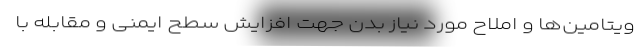
ویتامین‌ها و املاح مورد نیاز بدن جهت افزایش سطح ایمنی و مقابله با